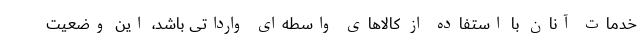
خدمات آنان با استفاده از کالاهای واسطه‌ای وارداتی باشد، این وضعیت